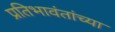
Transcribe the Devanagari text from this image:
प्रतिभावंतांच्या